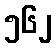
၅၆၂